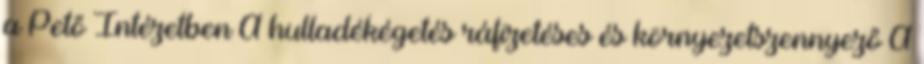
a Pető Intézetben A hulladékégetés ráfizetéses és környezetszennyező A